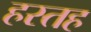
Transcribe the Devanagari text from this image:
हस्तह